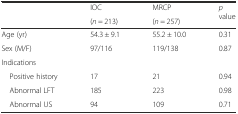
<table><thead><tr><td rowspan="2"></td><td><b>IOC</b></td><td><b>MRCP</b></td><td rowspan="2"><b><i>p</i> value</b></td></tr><tr><td><b>(<i>n</i> = 213)</b></td><td><b>(<i>n</i> = 257)</b></td></tr></thead><tbody><tr><td>Age (yr)</td><td>54.3 ± 9.1</td><td>55.2 ± 10.0</td><td>0.31</td></tr><tr><td>Sex (M/F)</td><td>97/116</td><td>119/138</td><td>0.87</td></tr><tr><td>Indications</td><td></td><td></td><td></td></tr><tr><td> Positive history</td><td>17</td><td>21</td><td>0.94</td></tr><tr><td> Abnormal LFT</td><td>185</td><td>223</td><td>0.98</td></tr><tr><td> Abnormal US</td><td>94</td><td>109</td><td>0.71</td></tr></tbody></table>